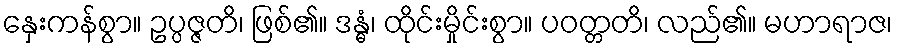
နှေးကန်စွာ။ ဥပ္ပဇ္ဇတိ၊ ဖြစ်၏။ ဒန္ဓံ၊ ထိုင်းမှိုင်းစွာ။ ပဝတ္တတိ၊ လည်၏။ မဟာရာဇ၊